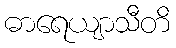
ဓာရေယျာသီတိ